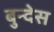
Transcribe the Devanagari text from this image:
बुन्देस